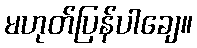
မဟုတ်ပြန်ပါချေ။